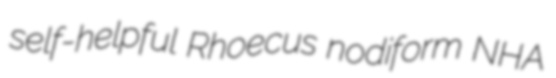
self-helpful Rhoecus nodiform NHA